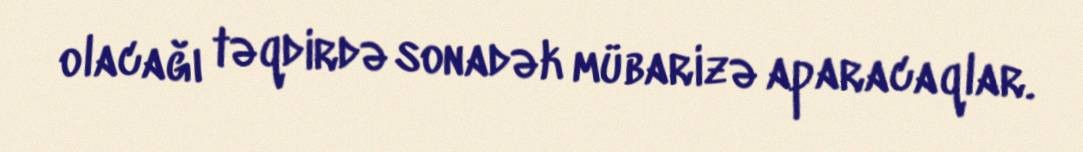
olacağı təqdirdə sonadək mübarizə aparacaqlar.